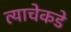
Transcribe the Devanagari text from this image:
त्याचेकडे